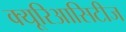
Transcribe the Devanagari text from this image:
क्यूरिआसिटीज